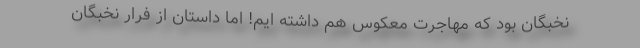
نخبگان بود که مهاجرت معکوس هم داشته ایم!‌ اما داستان از فرار نخبگان